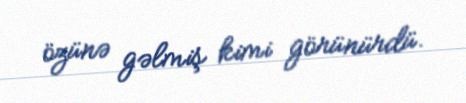
özünə gəlmiş kimi görünürdü.